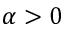
\alpha > 0